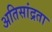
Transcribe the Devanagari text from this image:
अतिसांद्रता